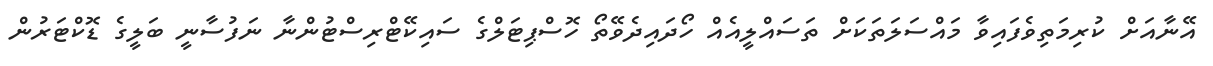
އޭނާއަށް ކުރިމަތިވެފައިވާ މައްސަލަތަކަށް ތަސައްލީއެއް ހޯދައިދެވޭތޯ ހޮސްޕިޓަލްގެ ސައިކޭޓްރިސްޓުންނާ ނަފުސާނީ ބަލީގެ ޑޮކްޓަރުން